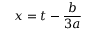
x = t - { \frac { b } { 3 a } }